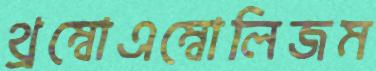
থ্রম্বোএম্বোলিজম